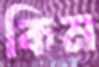
কিম